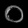
Digit: ၀